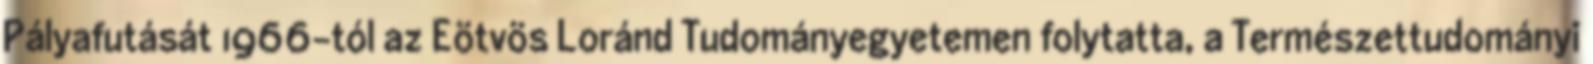
Pályafutását 1966-tól az Eötvös Loránd Tudományegyetemen folytatta, a Természettudományi